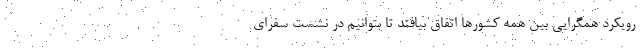
رویکرد همگرایی بین همه کشورها اتفاق بیافتد تا بتوانیم در نشست سفرای